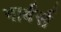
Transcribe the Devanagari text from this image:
गार्बर्स